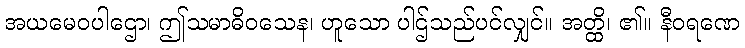
အယမေဝပါဌော၊ ဤသမာဓိဝသေန၊ ဟူသော ပါဌ်သည်ပင်လျှင်။ အတ္ထိ၊ ၏။ နီဝရဏေ